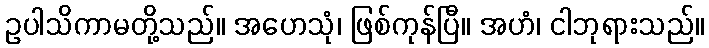
ဥပါသိကာမတို့သည်။ အဟေသုံ၊ ဖြစ်ကုန်ပြီ။ အဟံ၊ ငါဘုရားသည်။